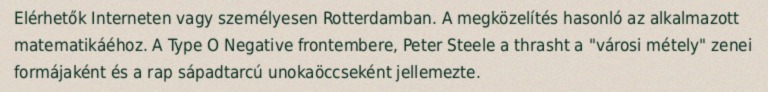
Elérhetők Interneten vagy személyesen Rotterdamban. A megközelítés hasonló az alkalmazott matematikáéhoz. A Type O Negative frontembere, Peter Steele a thrasht a "városi métely" zenei formájaként és a rap sápadtarcú unokaöccseként jellemezte.